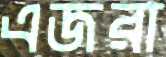
এজরা